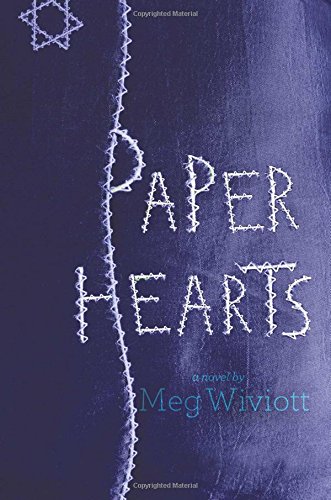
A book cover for Paper Hearts; Meg Wiviott; Teen & Young Adult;